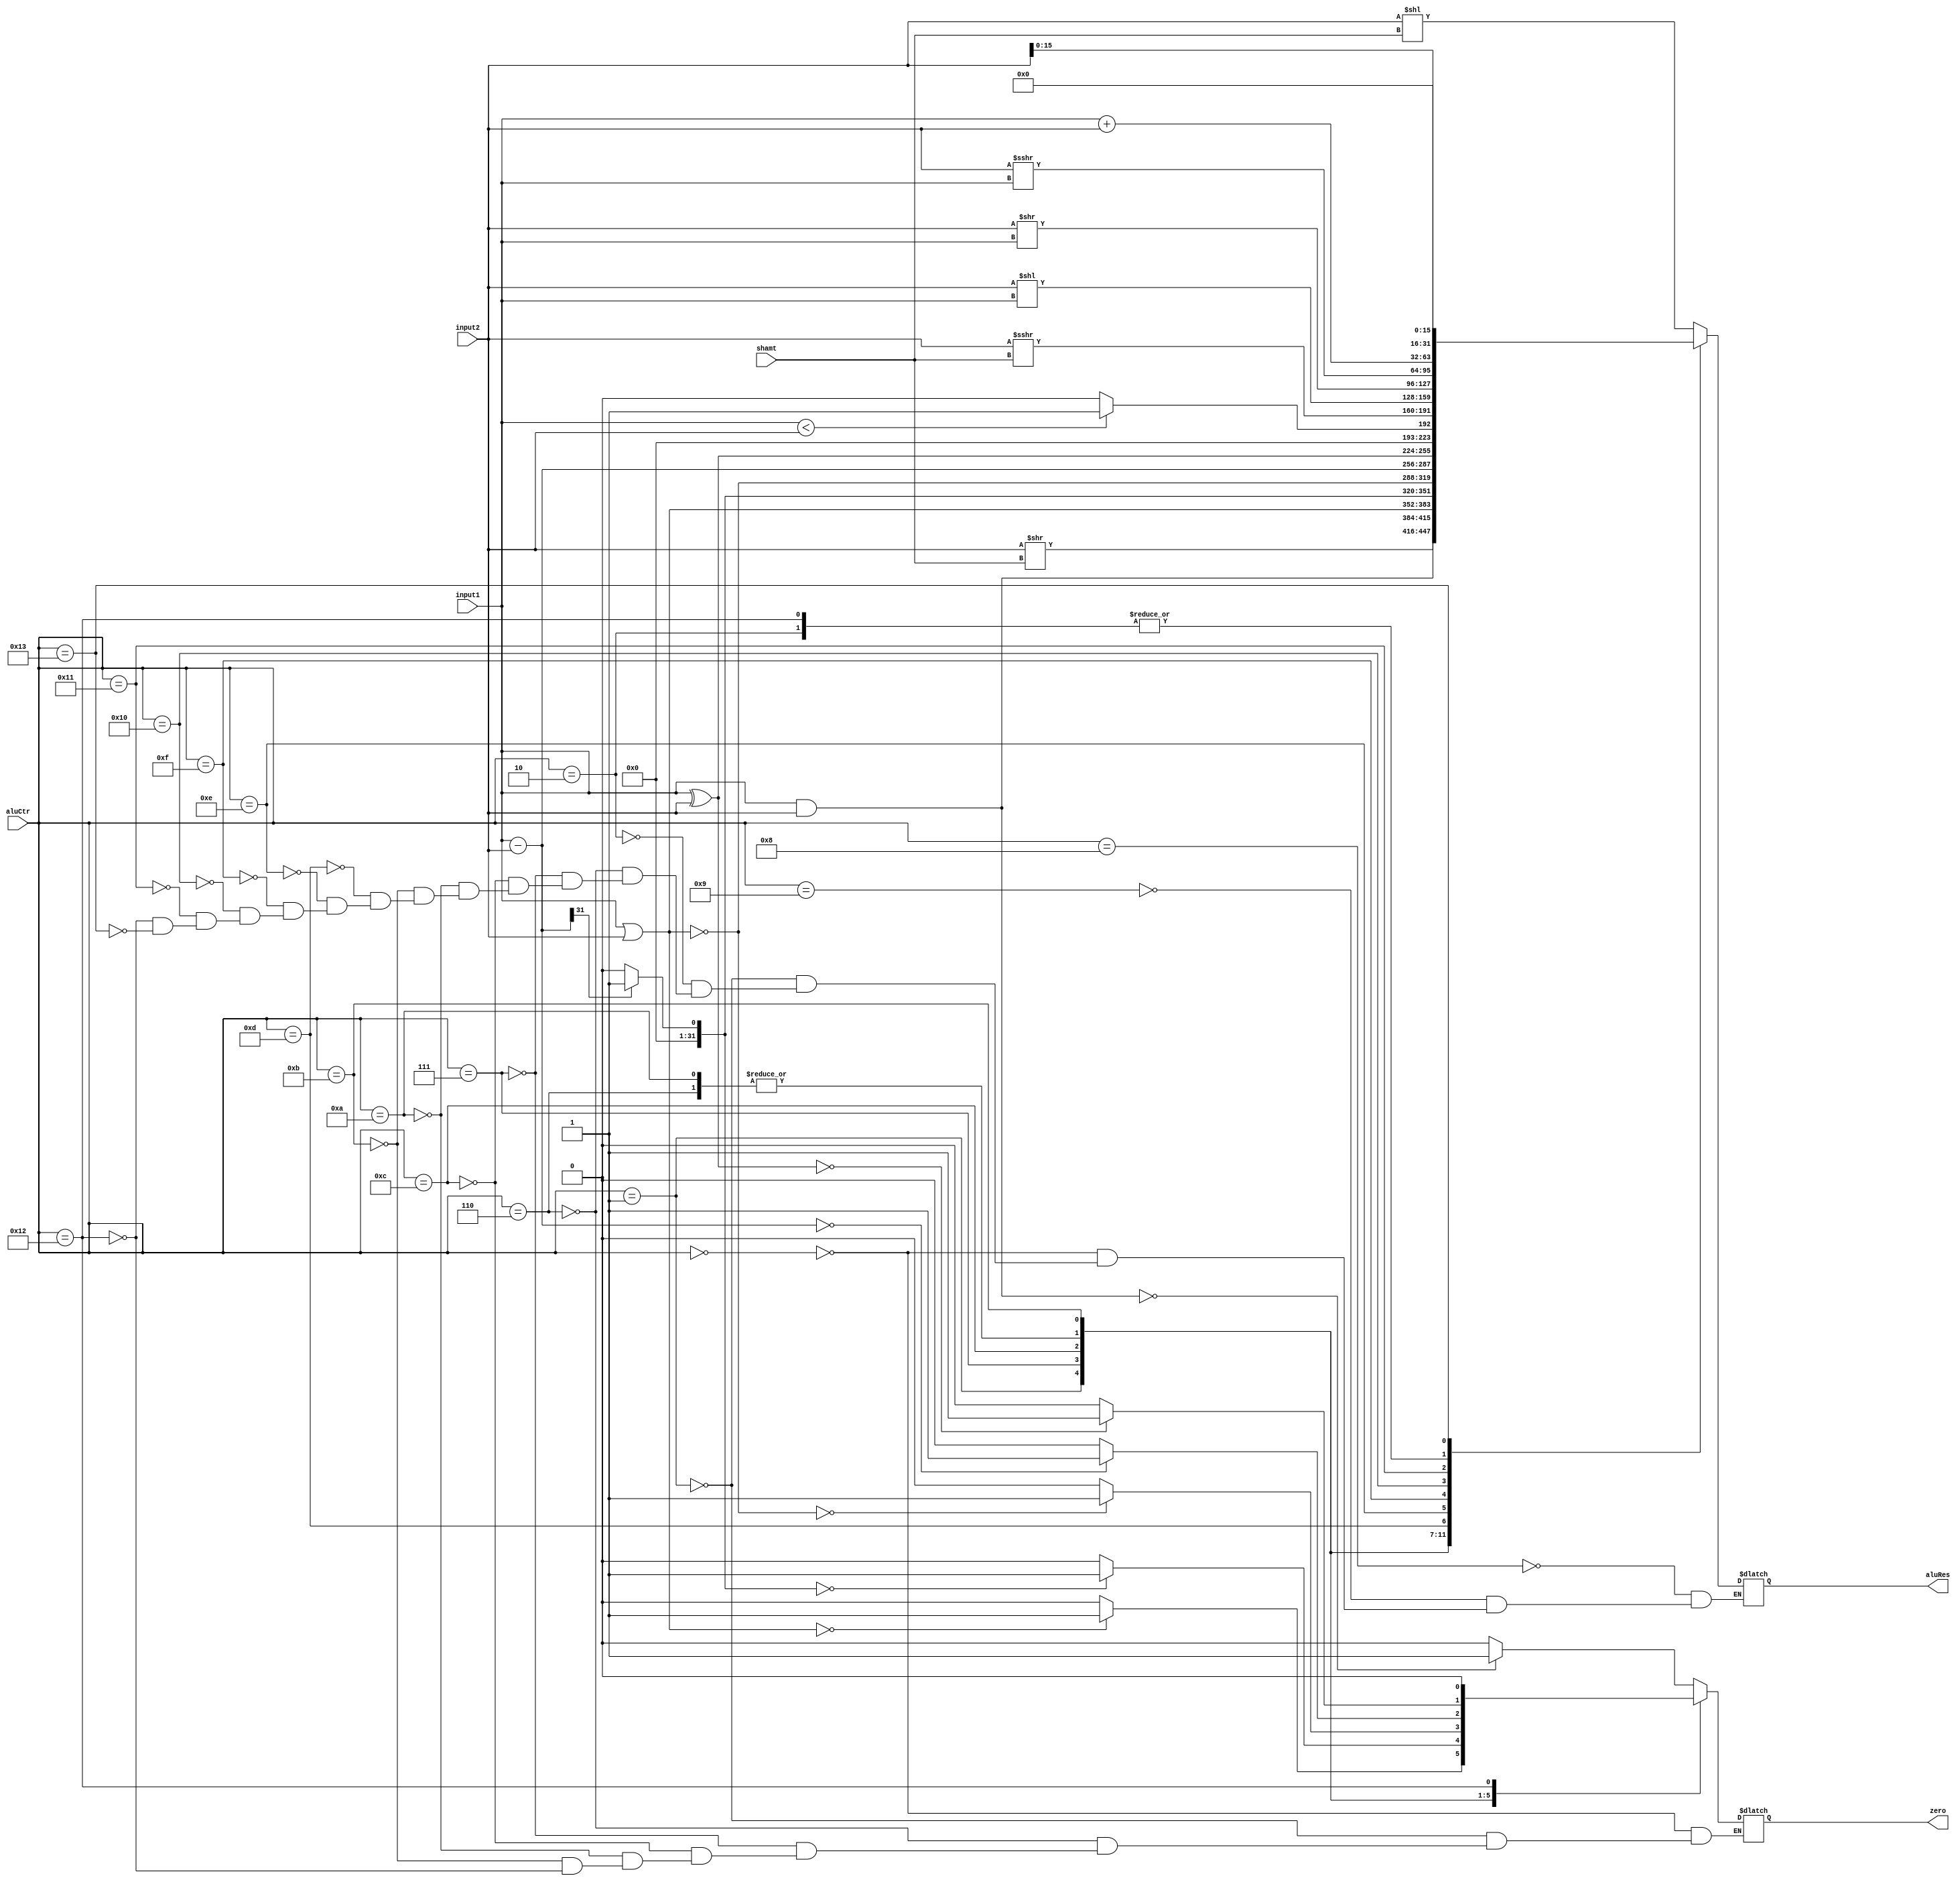
`timescale 1ns / 1ps
//////////////////////////////////////////////////////////////////////////////////
// Company: 
// Engineer: 
// 
// Design Name: 
// Module Name: ALU
// Project Name: 
// Target Devices: 
// Tool Versions: 
// Description: 
// 
// Dependencies: 
// 
// Revision:
// Revision 0.01 - File Created
// Additional Comments:
// 
//////////////////////////////////////////////////////////////////////////////////

module ALU(
    input [31:0] input1,
    input [31:0] input2, 
    input [4:0] aluCtr, 
    input [10:6] shamt,
    output reg zero, 
    output reg [31:0] aluRes);
    always @ (input1 or input2 or aluCtr)
    begin
        case (aluCtr)
            5'b01000://sll
            begin
                aluRes = input2 << shamt;
            end
            5'b01001://srl
            begin
                aluRes = input2 >> shamt;
            end
            //4'b1010://jr
            //begin
            //    aluRes = input1;//rs !
            //end
            5'b00000://AND
            begin
                aluRes = input1 & input2;
                if (aluRes == 0)
                    zero = 1;
                else
                    zero = 0;
            end
            5'b00001://OR
            begin
                aluRes = input1 | input2;
                if (aluRes == 0)
                    zero = 1;
                else
                    zero = 0;
            end
            5'b00010://ADD
            begin
                aluRes = input1 + input2;
            end
            5'b00110://SUB
            begin
                aluRes = input1 - input2;
                if (aluRes == 0)
                    zero = 1;
                else
                    zero = 0;
            end
            5'b00111://SLT Set on less than
            begin
                aluRes = input1 - input2;
                if (aluRes[31] == 1) // input1 < input2
                    aluRes = 1;
                else
                    aluRes = 0;
                if (aluRes == 0)
                    zero = 1;
                else
                    zero = 0;    
                
            end
            5'b01100://NOR 
            begin
                aluRes = ~(input1 | input2);
                if (aluRes == 0)
                    zero = 1;
                else
                    zero = 0;
            end
            5'b01010://subu verilog+-
            begin
                aluRes = $unsigned(input1) - $unsigned(input2);
                if (aluRes == 0)
                    zero = 1;
                else 
                    zero = 0;
            end
            5'b01011://xor
            begin
                aluRes = input1 ^ input2;
                if (aluRes == 0) zero = 1;
                else zero = 0;
            end
            5'b01101://sltu
            begin
                if ($unsigned(input1) < $unsigned(input2))
                    aluRes = 1;
                else
                    aluRes = 0;
            end
            5'b01110://sra
            begin
                aluRes = input2 >>> shamt;
            end
            5'b01111://sllv
            begin
                aluRes = input2 << input1;//rt << rs
            end
            5'b10000://srlv
            begin
                aluRes = input2 >> input1;
            end
            5'b10001://srav
            begin
                aluRes = input2 >>> input1;
            end
            5'b10010://addu
            begin
                aluRes = $unsigned(input1) + $unsigned(input2);
                if (aluRes == 0) zero = 0;
                else zero = 0;
            end
            5'b10011://lu
            begin
                aluRes = (input2 << 16);    //*65536
            end
            
        endcase
    end
endmodule